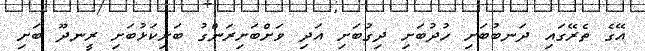
އޭގެ ތެރޭގައި ދަނބުބަށި ހުދުބަށި ދިގުބަށި އަދި ވަށްބަށިރަންގު ބަށިކަޅުބަށި ރީނދޫ ބަށި